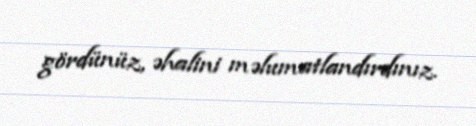
gördünüz, əhalini məlumatlandırdınız.